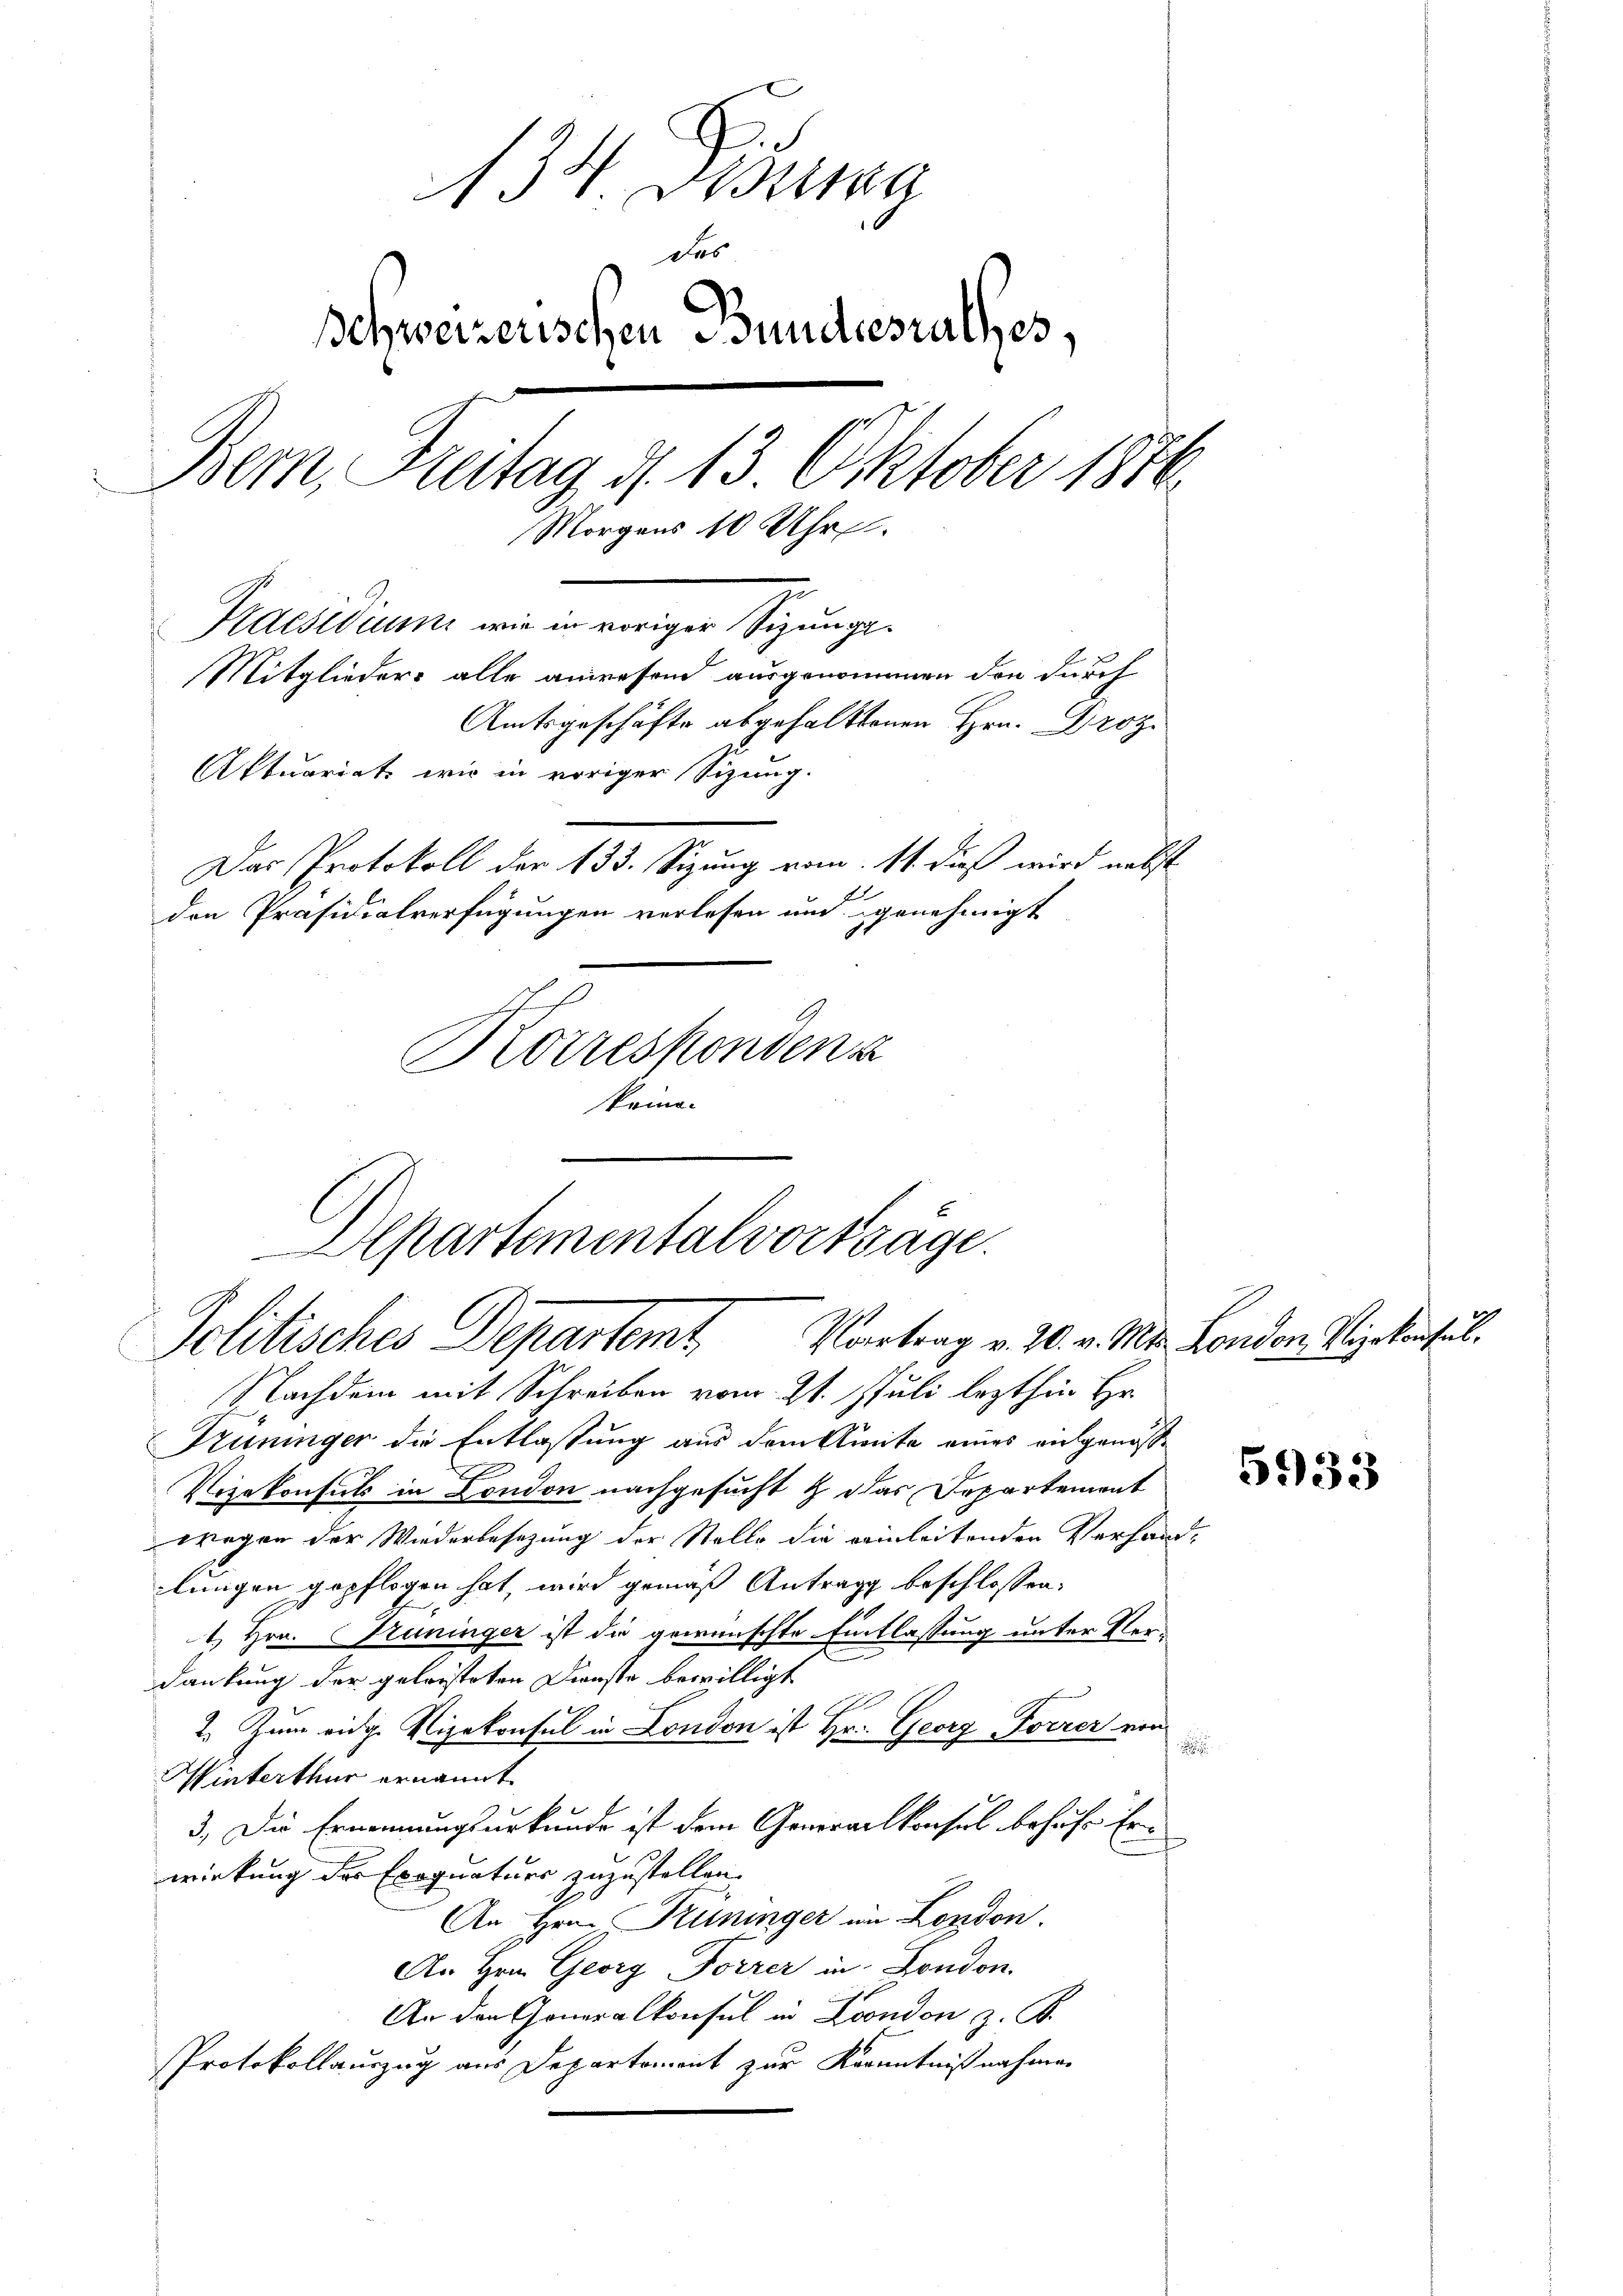
.
13. Ding
das
chweizerischen Bundesrathes,
Bern, Antag d. 13. Oktober 1876
Morgens 10 Uhr
Kaesidium wie in voriger Sizunge
Mitglieders alle anwesend ausgenommen den durch
Amtsgeschäfte abgehalttenen Hrn. Droz.
Aktuariats wir in voriger Sizung.
Das Protokoll der 133. Sizung vom 11. dieß wird nebst
den Präsidialverfügungen verlesen und genehmigt
Korresponden a
komo¬

Departementalvorträge.
Politisches Departemt. Kontrag v. 20. v. M.

Nachdem mit Schreiben vom 21. Juli lezthin Hr.
Küninger die Entlassung aus dem Amte eines eingenoß¬
Vizekonsuls in London nachgesucht & das Departement
wegen der Wiederbesezung der Stelle die reinleitenden Verhand-
lungen gepflogen hat, wird gemäß Antrage beschlossen:
1. Hrn. Pruninger ist die gewünschte Entlassung unter Verdankung der geloesteten Dienste bewilligt
2. Zum eige Vizekonsul in London ist Hr. Georg Forrer ein
Winterthur ernannt
3.) Die Ernennungsurkunde ist dem Generalkonsul behufe Erwirkung des Exequaturs zuzustellen.
An Hrn. Kuninger in London.
An Hrn. Georg Forrer in London.
An den Generalkonsul in London z. B.
Protokollauszug aus Departement zur Kenntnißnahmen

u London, Vizekonsul

5933